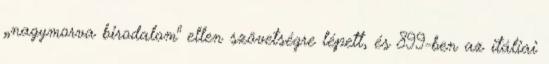
„nagymorva birodalom" ellen szövetségre lépett, és 899-ben az itáliai